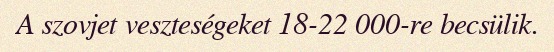
A szovjet veszteségeket 18-22 000-re becsülik.